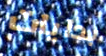
بدايات